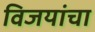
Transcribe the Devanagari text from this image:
विजयांचा